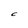
Character: C